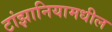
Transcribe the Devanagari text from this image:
टांझानियामधील